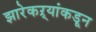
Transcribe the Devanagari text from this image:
झारेकऱ्यांकडून